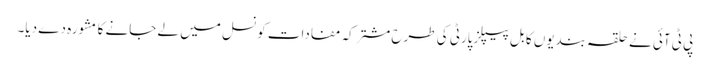
پی ٹی آئی نے حلقہ بندیوں کا بل پیپلزپارٹی کی طرح مشترکہ مفادات کونسل میں لے جانے کا مشورہ دے دیا۔